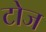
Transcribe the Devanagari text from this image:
टोज